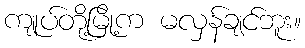
ကျုပ်တို့မြို့က မလှန်ချင်ဘူး။